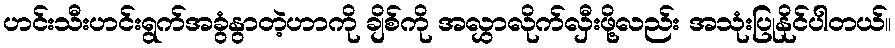
ဟင်းသီးဟင်းရွက်အခွံနွာတဲ့ဟာကို ချိစ်ကို အလွှာလိုက်လှီးဖို့လည်း အသုံးပြုနိုင်ပါတယ်။